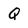
Character: Q